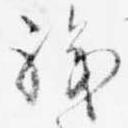
職